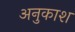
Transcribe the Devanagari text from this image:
अनुकाश